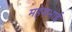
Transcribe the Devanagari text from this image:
महेशभाई